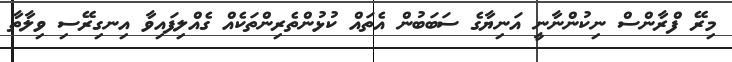
މިރޭ ފްރާންސް ނިކުންނާނީ އަނިޔާގެ ސަބަބުން އެތައް ކުޅުންތެރިންތަކެއް ގެއްލިފައިވާ އިނގިރޭސި ވިލާތާ